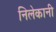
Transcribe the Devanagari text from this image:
निलेकानी